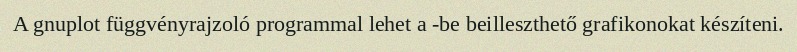
A gnuplot függvényrajzoló programmal lehet a -be beilleszthető grafikonokat készíteni.